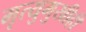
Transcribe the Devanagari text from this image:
मृत्युमुखीही